Madras marine plague regulations
Disease focus: Plague
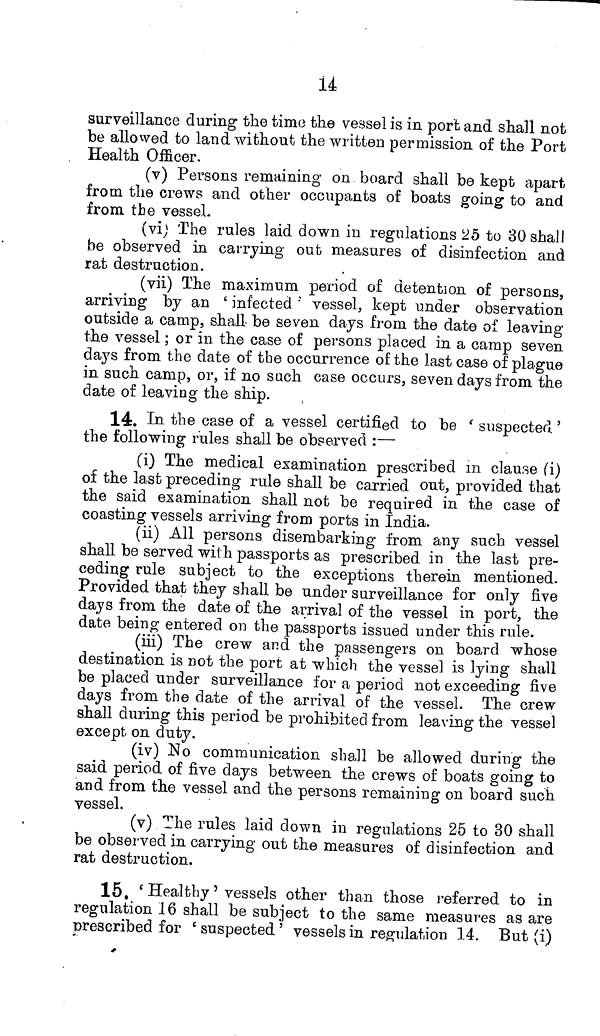
14
surveillance during the time the vessel is in port and shall not
be allowed to land without the written permission of the Port
Health Officer.
(v) Persons remaining on board shall be kept apart
from the crews and other occupants of boats going to and
from the vessel.
(vi) The rules laid down in regulations 25 to 30 shall
he observed in carrying out measures of disinfection and
rat destruction.
(vii) The maximum period of detention of persons,
arriving by an 'infected' vessel, kept under observation
outside a camp, shall be seven days from the date of leaving
the vessel; or in the case of persons placed in a camp seven
days from the date of tbe occurrence of the last case of plague
in such camp, or, if no such case occurs, seven days from the
date of leaving the ship.
14. In the case of a vessel certified to be 'suspected'
the following rules shall be observed:—
(i) The medical examination prescribed m clause (i)
of the last preceding rule shall be carried out, provided that
the said examination shall not be required in the case of
coasting vessels arriving from ports in India.
(ii) All persons disembarking from any such vessel
shall be served with passports as prescribed in the last pre-
ceding rule subject to the exceptions therein mentioned.
Provided that they shall be under surveillance for only five
days from the date of the arrival of the vessel in port, the
date being entered on the passports issued under this rule.
(iii) The crew and the passengers on board whose
destination is not the port at which the vessel is lying shall
be placed under surveillance for a period not exceeding five
days from the date of the arrival of the vessel. The crew
shall during this period be prohibited from leaving the vessel
except on duty.
(iv) No communication shall be allowed during the
said period of five days between the crews of boats going to
and from the vessel and the persons remaining on board such
vessel.
(v) The rules laid down in regulations 25 to 30 shall
be observed in carrying out the measures of disinfection and
rat destruction.
15.'Healthy' vessels other than those referred to in
regulation 16 shall be subject to the same measures as are
prescribed for 'suspected' vessels in regulation 14. But (i)